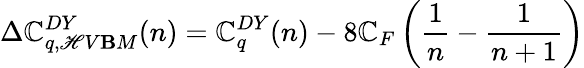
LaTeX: \Delta\mathbb{C}_{q,\mathscr{H}V\mathbf{B}M}^{DY}(n)=\mathbb{C}_{q}^{DY}(n)-8\mathbb{C}_{F}\left(\frac{{1}}{{n}}-\frac{{1}}{{n+1}}\right)